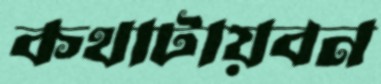
কথাটায়বন